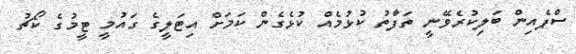
ސްޕެއިން ބަލިކުރެވޭނީ ތަފާތު ކުޅުމެއް ކުޅެގެން ކަމަށް އިޓަލީގެ ގައުމީ ޓީމުގެ ކޯޗު